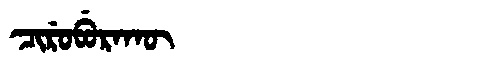
Manchu: ᠴᡳᡵᡠᠪᡠᡵᠠᡴᡡ
Romanization: CIRUBURAKŪ